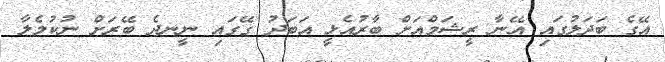
އޭގެ ބަދަލުގައި އޭނާ ރީޝަމްއަށް ބާރުއެޅީ އަބަދު ގޭގައި ނީނދެ ބޭރަށް ނުކުމެލާ